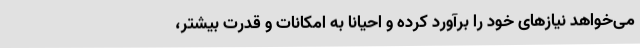
می‌خواهد نیازهای خود را برآورد کرده و احیاناً به امکانات و قدرت بیشتر،